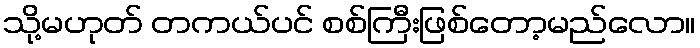
သို့မဟုတ် တကယ်ပင် စစ်ကြီးဖြစ်တော့မည်လော။